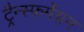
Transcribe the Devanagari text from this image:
ट्रैन्स्फर्मेशन